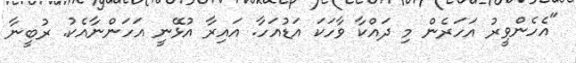
"އެހެންވީރު އަހަރެން މި ދައްކާ ވާހަކަ އަޑުއަހާ. އައިރާ އުޅޭނީ އަހަންނާއެކު. ރުބީނާ